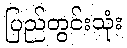
ပြည်တွင်းသုံး